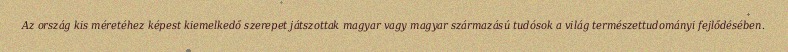
Az ország kis méretéhez képest kiemelkedő szerepet játszottak magyar vagy magyar származású tudósok a világ természettudományi fejlődésében.